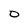
Character: 0